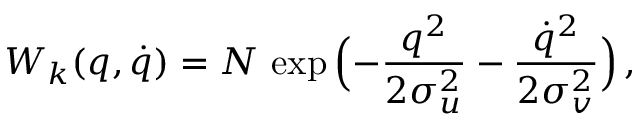
W _ { k } ( q , \dot { q } ) = N \, \exp \Big ( { - } \frac { q ^ { 2 } } { 2 \sigma _ { u } ^ { 2 } } - \frac { \dot { q } ^ { 2 } } { 2 \sigma _ { v } ^ { 2 } } \Big ) \, ,